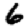
Digit: 6